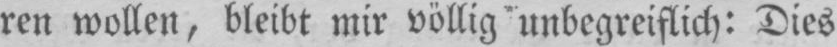
ren wollen, bleibt mir völlig unbegreiflich: Dies